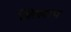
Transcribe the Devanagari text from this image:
शिलाप